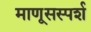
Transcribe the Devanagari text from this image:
माणूसस्पर्श